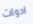
ادوات